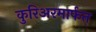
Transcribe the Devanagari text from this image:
कुरिअरमार्फत